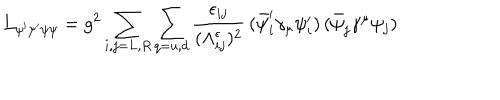
L _ { \psi ^ { \prime } \psi ^ { \prime } \psi \psi } = g ^ { 2 } \sum _ { i , j = L , R } \sum _ { q = u , d } \frac { \epsilon _ { i j } } { ( \Lambda _ { i j } ^ { \epsilon } ) ^ { 2 } } \, ( \bar { \psi } _ { i } ^ { \prime } \gamma _ { \mu } \psi _ { i } ^ { \prime } ) \, ( \bar { \psi } _ { j } \gamma ^ { \mu } \psi _ { j } )